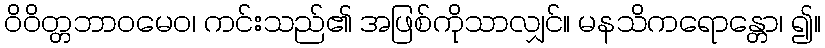
ဝိဝိတ္တဘာဝမေဝ၊ ကင်းသည်၏ အဖြစ်ကိုသာလျှင်။ မနသိကရောန္တော၊ ၍။